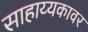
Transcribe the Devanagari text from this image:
साहाय्यकावर